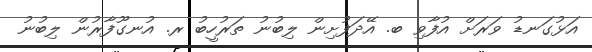
އަޅުގަނޑު ވަރަށް އުފާވި ބ. އޭދަފުށިން ލިބުނު ތަރުހީބު ރ. އުނގޫފާރުން ލިބުނު